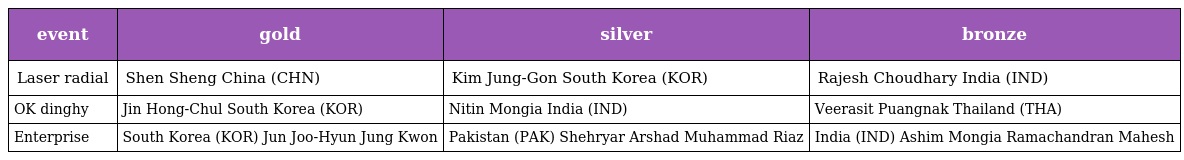
| event | gold | silver | bronze |
 | --- | --- | --- | --- |
 | Laser radial | Shen Sheng China (CHN) | Kim Jung-Gon South Korea (KOR) | Rajesh Choudhary India (IND) |
 | OK dinghy | Jin Hong-Chul South Korea (KOR) | Nitin Mongia India (IND) | Veerasit Puangnak Thailand (THA) |
 | Enterprise | South Korea (KOR) Jun Joo-Hyun Jung Kwon | Pakistan (PAK) Shehryar Arshad Muhammad Riaz | India (IND) Ashim Mongia Ramachandran Mahesh |